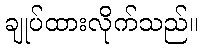
ချုပ်ထားလိုက်သည်။